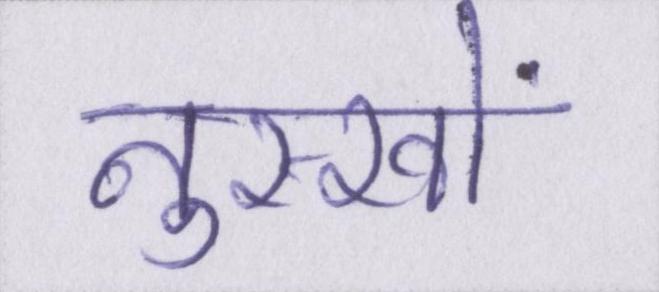
नुस्खों